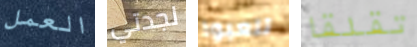
العمل لجدتي تلعبوا تقلقا